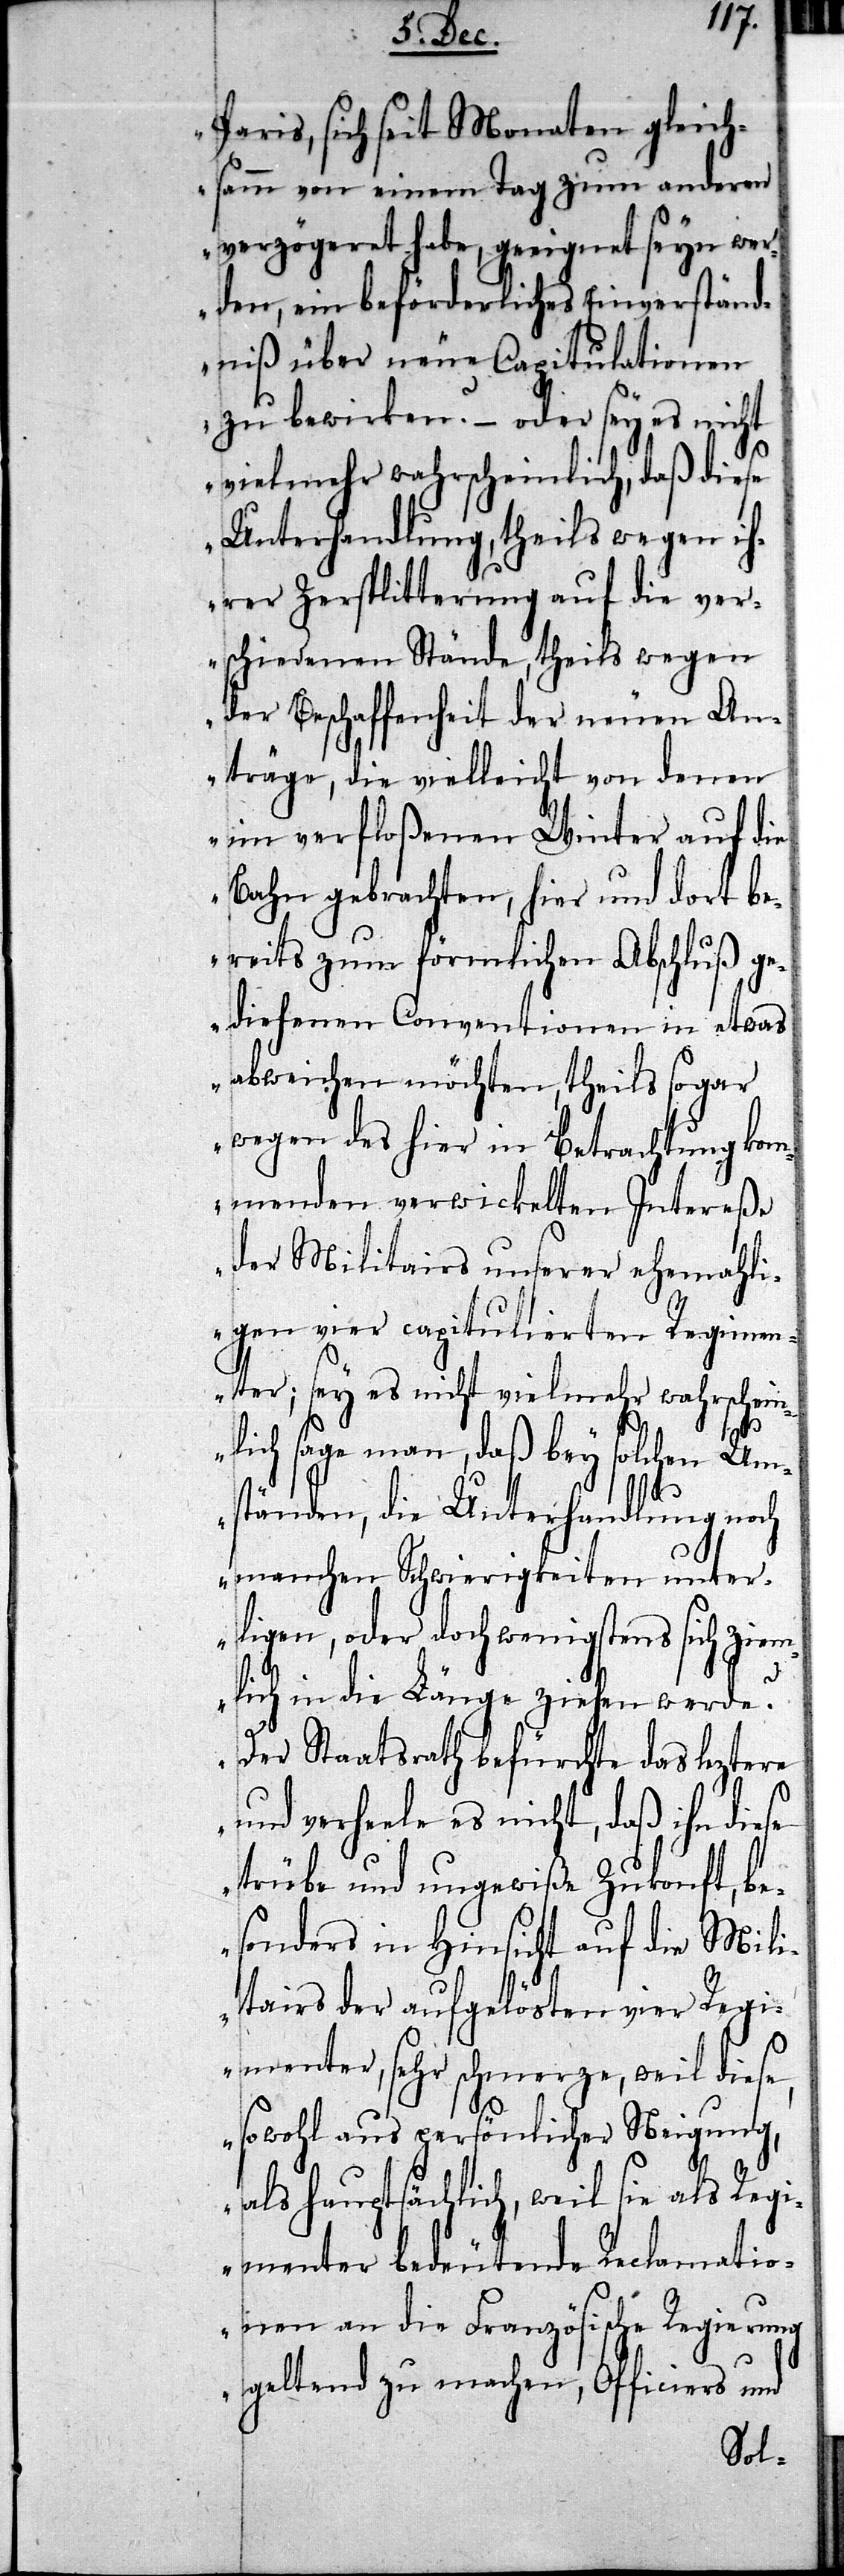
Paris, sich seit Monaten gleich¬
samm von einem Tag zum anderen
verzögeret habe, geeignet seyn wer¬
den, ein beförderliches Einverständ¬
niß über neue Capitulationen
zu bewirken? – oder sey es nicht
vielmehr wahrscheinlich, daß diese
Unterhandlung, theils wegen ih¬
rer Zersplitterung auf die ver¬
schiedenen Stände, theils wegen
der Beschaffenheit der neuen An¬
träge, die vielleicht von denen
im verfloßenen Winter auf die
Bahn gebrachten, hier und dort be¬
reits zum förmlichen Abschluß ge¬
diehenen Conventionen in etwas
abweichen möchten, theils sogar
wegen des hier in Betrachtung kom¬
menden verwickelten Intereße
der Militairs unserer ehemahli¬
gen vier capitulierten Regimen¬
ter; sey es nicht viel mehr wahrschein¬
lich sage man, daß bey solchen Um¬
ständen, die Unterhandlung noch
manchen Schwierigkeiten unter¬
ligen, oder doch wenigstens sich ziem¬
lich in die Länge ziehen werde?
Der Staatsrath befürchte das leztere
und verheele es nicht, daß ihn diese
trübe und ungewiße Zukonft, be¬
sonders in Hinsicht auf die Mili¬
tairs der aufgelösten vier Regi¬
menter, sehr schmerze, weil diese,
sowohl aus persönlicher Neigung,
als hauptsächlich, weil sie als Regi¬
menter bedeutende Reclamatio¬
nen an die Französische Regierung
geltend zu machen, Officiers und